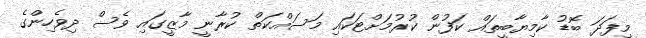
މިފަދަ ބޮޑު ކާމިޔާބީތައް ކަފުން ކުރުމަށްޓަކައި މަސައްކަތް ކުރާނީ މާޒީގައި ވެސް ދިވެހިންގެ